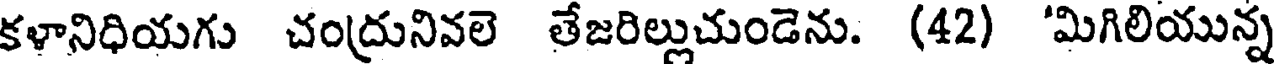
కళానిధియగు చంద్రునివలె తేజరిల్లుచుండెను. (42) 'మిగిలియున్న